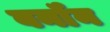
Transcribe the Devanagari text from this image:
वर्नॉन